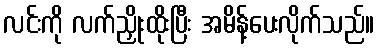
လင်းကို လက်ညှိုးထိုးပြီး အမိန့်ပေးလိုက်သည်။